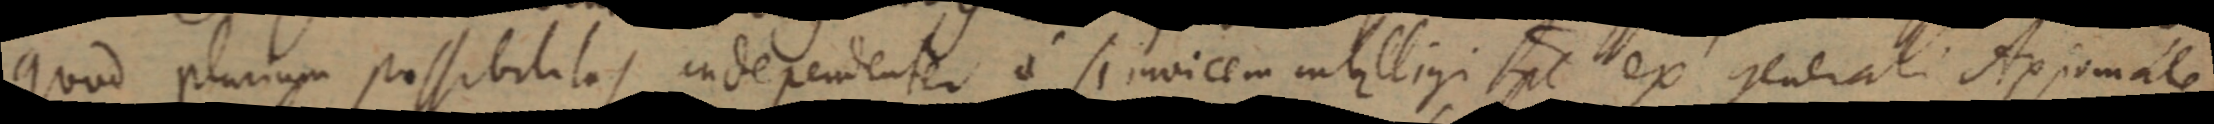
quod plurium possibilitas independenter si invicem intelligi pt ex generali Axiomate